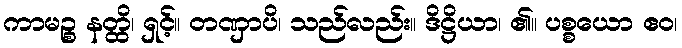
ကာမဉ္စ နတ္ထိ၊ ရှင့်။ တဏှာပိ၊ သည်လည်း။ ဒိဋ္ဌိယာ၊ ၏။ ပစ္စယော ဧဝ၊